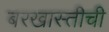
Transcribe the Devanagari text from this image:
बरखास्तीची